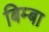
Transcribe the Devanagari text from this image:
बिम्बा